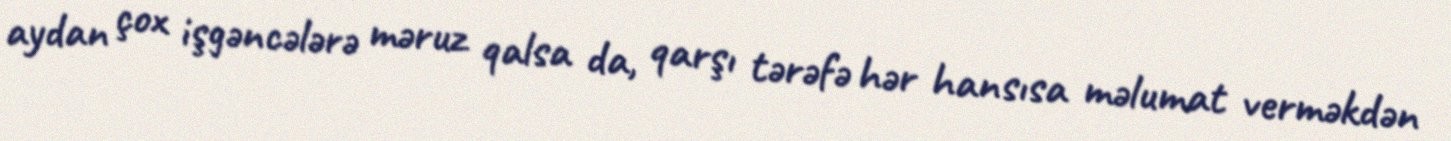
aydan çox işgəncələrə məruz qalsa da, qarşı tərəfə hər hansısa məlumat verməkdən